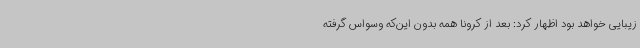
زیبایی خواهد بود اظهار کرد: بعد از کرونا همه بدون این‌که وسواس گرفته